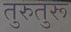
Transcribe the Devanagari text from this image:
तुरुतुरू